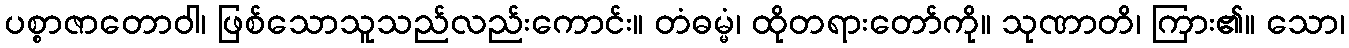
ပစ္စာဇာတောဝါ၊ ဖြစ်သောသူသည်လည်းကောင်း။ တံဓမ္မံ၊ ထိုတရားတော်ကို။ သုဏာတိ၊ ကြား၏။ သော၊